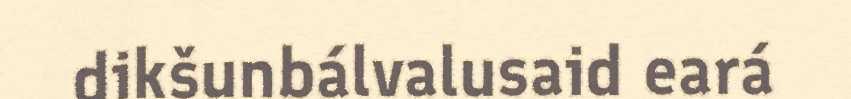
dikšunbálvalusaid eará